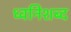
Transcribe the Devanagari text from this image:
ध्वनिशब्द